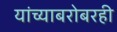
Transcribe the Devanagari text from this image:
यांच्याबरोबरही